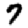
Digit: 7